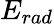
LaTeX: E_{rad}